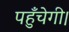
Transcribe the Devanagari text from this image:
पहुँचेगी।